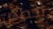
تخصص